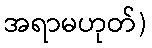
အရာမဟုတ်)